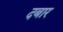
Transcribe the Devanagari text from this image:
दबार